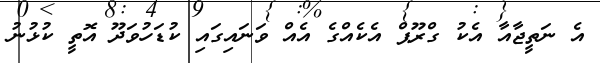
އެ ނަތީޖާއާ އެކު ގްރޫޕް އެކެއްގެ އެއް ވަނައިގައި ކުޑަހުވަދޫ އޮތީ ކުޅުނު